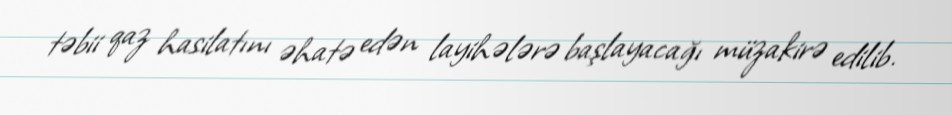
təbii qaz hasilatını əhatə edən layihələrə başlayacağı müzakirə edilib.